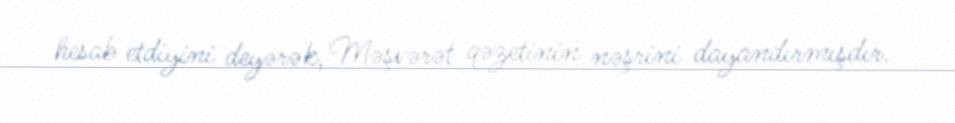
hesab etdiyini deyərək, Məşvərət qəzetinin nəşrini dayandırmışdır.